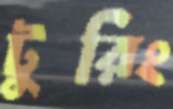
টুরিং